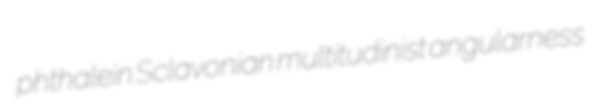
phthalein Sclavonian multitudinist angularness